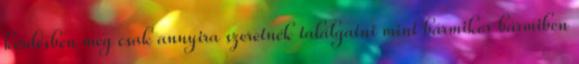
kérdésben meg csak annyira szeretnék találgatni mint bármikor bármiben